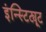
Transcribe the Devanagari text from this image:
इंन्स्टिट्यूट